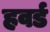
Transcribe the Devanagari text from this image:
हवर्ड